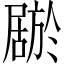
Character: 𫵦